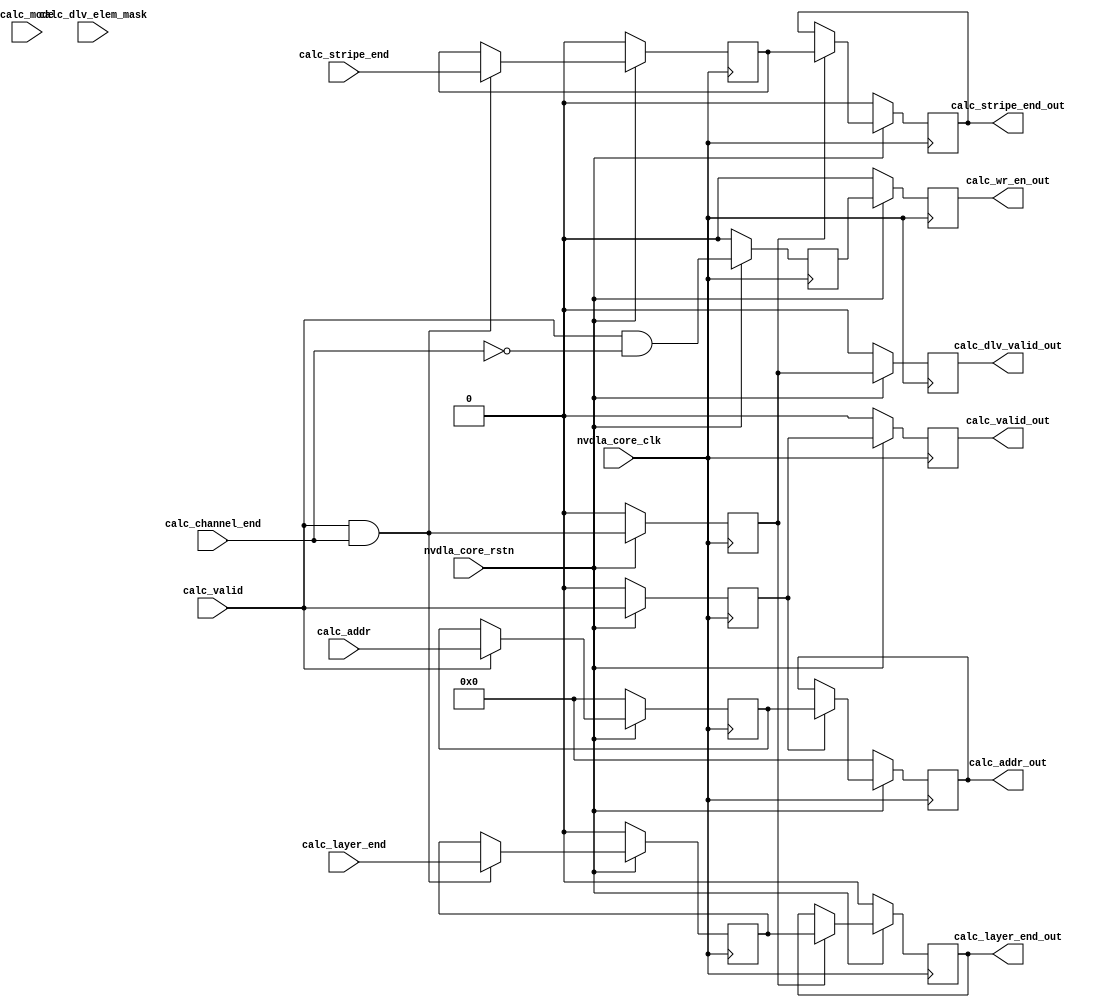
module NV_soDLA_CACC_calculator_bd_gate( // @[:@3.2]
  input        nvdla_core_clk, // @[:@6.4]
  input        nvdla_core_rstn, // @[:@6.4]
  input        calc_valid, // @[:@6.4]
  input  [5:0] calc_addr, // @[:@6.4]
  input  [2:0] calc_mode, // @[:@6.4]
  input        calc_stripe_end, // @[:@6.4]
  input        calc_channel_end, // @[:@6.4]
  input        calc_layer_end, // @[:@6.4]
  input        calc_dlv_elem_mask, // @[:@6.4]
  output       calc_valid_out, // @[:@6.4]
  output       calc_wr_en_out, // @[:@6.4]
  output [5:0] calc_addr_out, // @[:@6.4]
  output       calc_dlv_valid_out, // @[:@6.4]
  output       calc_stripe_end_out, // @[:@6.4]
  output       calc_layer_end_out // @[:@6.4]
);
  wire  _T_36; // @[NV_soDLA_CACC_calculator_bd_gate.scala 55:38:@8.4]
  wire  calc_dlv_valid; // @[NV_soDLA_CACC_calculator_bd_gate.scala 57:40:@9.4]
  wire  _T_37; // @[NV_soDLA_CACC_calculator_bd_gate.scala 58:39:@10.4]
  wire  calc_wr_en; // @[NV_soDLA_CACC_calculator_bd_gate.scala 58:36:@11.4]
  reg  _T_42; // @[NV_soDLA_CACC_calculator_bd_gate.scala 63:72:@13.4]
  reg [31:0] _RAND_0;
  reg  _T_45; // @[NV_soDLA_CACC_calculator_bd_gate.scala 63:72:@14.4]
  reg [31:0] _RAND_1;
  reg  _T_50; // @[NV_soDLA_CACC_calculator_bd_gate.scala 65:72:@16.4]
  reg [31:0] _RAND_2;
  reg  _T_53; // @[NV_soDLA_CACC_calculator_bd_gate.scala 65:72:@17.4]
  reg [31:0] _RAND_3;
  reg [5:0] _T_58; // @[NV_soDLA_CACC_calculator_bd_gate.scala 67:71:@19.4]
  reg [31:0] _RAND_4;
  reg [5:0] _T_61; // @[NV_soDLA_CACC_calculator_bd_gate.scala 67:71:@20.4]
  reg [31:0] _RAND_5;
  wire [5:0] _GEN_0; // @[NV_soDLA_CACC_calculator_bd_gate.scala 76:30:@26.4]
  wire [5:0] _GEN_1; // @[NV_soDLA_CACC_calculator_bd_gate.scala 76:30:@31.4]
  reg  _T_66; // @[NV_soDLA_CACC_calculator_bd_gate.scala 87:74:@38.4]
  reg [31:0] _RAND_6;
  reg  _T_69; // @[NV_soDLA_CACC_calculator_bd_gate.scala 87:74:@39.4]
  reg [31:0] _RAND_7;
  reg  _T_74; // @[NV_soDLA_CACC_calculator_bd_gate.scala 89:75:@41.4]
  reg [31:0] _RAND_8;
  reg  _T_77; // @[NV_soDLA_CACC_calculator_bd_gate.scala 89:75:@42.4]
  reg [31:0] _RAND_9;
  reg  _T_82; // @[NV_soDLA_CACC_calculator_bd_gate.scala 91:74:@44.4]
  reg [31:0] _RAND_10;
  reg  _T_85; // @[NV_soDLA_CACC_calculator_bd_gate.scala 91:74:@45.4]
  reg [31:0] _RAND_11;
  wire  _GEN_2; // @[NV_soDLA_CACC_calculator_bd_gate.scala 99:34:@50.4]
  wire  _GEN_3; // @[NV_soDLA_CACC_calculator_bd_gate.scala 99:34:@50.4]
  wire  _GEN_4; // @[NV_soDLA_CACC_calculator_bd_gate.scala 99:34:@55.4]
  wire  _GEN_5; // @[NV_soDLA_CACC_calculator_bd_gate.scala 99:34:@55.4]
  assign _T_36 = nvdla_core_rstn == 1'h0; // @[NV_soDLA_CACC_calculator_bd_gate.scala 55:38:@8.4]
  assign calc_dlv_valid = calc_valid & calc_channel_end; // @[NV_soDLA_CACC_calculator_bd_gate.scala 57:40:@9.4]
  assign _T_37 = ~ calc_channel_end; // @[NV_soDLA_CACC_calculator_bd_gate.scala 58:39:@10.4]
  assign calc_wr_en = calc_valid & _T_37; // @[NV_soDLA_CACC_calculator_bd_gate.scala 58:36:@11.4]
  assign _GEN_0 = calc_valid ? calc_addr : _T_58; // @[NV_soDLA_CACC_calculator_bd_gate.scala 76:30:@26.4]
  assign _GEN_1 = _T_42 ? _T_58 : _T_61; // @[NV_soDLA_CACC_calculator_bd_gate.scala 76:30:@31.4]
  assign _GEN_2 = calc_dlv_valid ? calc_stripe_end : _T_74; // @[NV_soDLA_CACC_calculator_bd_gate.scala 99:34:@50.4]
  assign _GEN_3 = calc_dlv_valid ? calc_layer_end : _T_82; // @[NV_soDLA_CACC_calculator_bd_gate.scala 99:34:@50.4]
  assign _GEN_4 = _T_66 ? _T_74 : _T_77; // @[NV_soDLA_CACC_calculator_bd_gate.scala 99:34:@55.4]
  assign _GEN_5 = _T_66 ? _T_82 : _T_85; // @[NV_soDLA_CACC_calculator_bd_gate.scala 99:34:@55.4]
  assign calc_valid_out = _T_45; // @[NV_soDLA_CACC_calculator_bd_gate.scala 81:23:@34.4]
  assign calc_wr_en_out = _T_53; // @[NV_soDLA_CACC_calculator_bd_gate.scala 82:23:@35.4]
  assign calc_addr_out = _T_61; // @[NV_soDLA_CACC_calculator_bd_gate.scala 83:22:@36.4]
  assign calc_dlv_valid_out = _T_69; // @[NV_soDLA_CACC_calculator_bd_gate.scala 105:27:@59.4]
  assign calc_stripe_end_out = _T_77; // @[NV_soDLA_CACC_calculator_bd_gate.scala 106:28:@60.4]
  assign calc_layer_end_out = _T_85; // @[NV_soDLA_CACC_calculator_bd_gate.scala 107:27:@61.4]
`ifdef RANDOMIZE_GARBAGE_ASSIGN
`define RANDOMIZE
`endif
`ifdef RANDOMIZE_INVALID_ASSIGN
`define RANDOMIZE
`endif
`ifdef RANDOMIZE_REG_INIT
`define RANDOMIZE
`endif
`ifdef RANDOMIZE_MEM_INIT
`define RANDOMIZE
`endif
`ifndef RANDOM
`define RANDOM $random
`endif
`ifdef RANDOMIZE
  integer initvar;
  initial begin
    `ifdef INIT_RANDOM
      `INIT_RANDOM
    `endif
    `ifndef VERILATOR
      #0.002 begin end
    `endif
  `ifdef RANDOMIZE_REG_INIT
  _RAND_0 = {1{`RANDOM}};
  _T_42 = _RAND_0[0:0];
  `endif // RANDOMIZE_REG_INIT
  `ifdef RANDOMIZE_REG_INIT
  _RAND_1 = {1{`RANDOM}};
  _T_45 = _RAND_1[0:0];
  `endif // RANDOMIZE_REG_INIT
  `ifdef RANDOMIZE_REG_INIT
  _RAND_2 = {1{`RANDOM}};
  _T_50 = _RAND_2[0:0];
  `endif // RANDOMIZE_REG_INIT
  `ifdef RANDOMIZE_REG_INIT
  _RAND_3 = {1{`RANDOM}};
  _T_53 = _RAND_3[0:0];
  `endif // RANDOMIZE_REG_INIT
  `ifdef RANDOMIZE_REG_INIT
  _RAND_4 = {1{`RANDOM}};
  _T_58 = _RAND_4[5:0];
  `endif // RANDOMIZE_REG_INIT
  `ifdef RANDOMIZE_REG_INIT
  _RAND_5 = {1{`RANDOM}};
  _T_61 = _RAND_5[5:0];
  `endif // RANDOMIZE_REG_INIT
  `ifdef RANDOMIZE_REG_INIT
  _RAND_6 = {1{`RANDOM}};
  _T_66 = _RAND_6[0:0];
  `endif // RANDOMIZE_REG_INIT
  `ifdef RANDOMIZE_REG_INIT
  _RAND_7 = {1{`RANDOM}};
  _T_69 = _RAND_7[0:0];
  `endif // RANDOMIZE_REG_INIT
  `ifdef RANDOMIZE_REG_INIT
  _RAND_8 = {1{`RANDOM}};
  _T_74 = _RAND_8[0:0];
  `endif // RANDOMIZE_REG_INIT
  `ifdef RANDOMIZE_REG_INIT
  _RAND_9 = {1{`RANDOM}};
  _T_77 = _RAND_9[0:0];
  `endif // RANDOMIZE_REG_INIT
  `ifdef RANDOMIZE_REG_INIT
  _RAND_10 = {1{`RANDOM}};
  _T_82 = _RAND_10[0:0];
  `endif // RANDOMIZE_REG_INIT
  `ifdef RANDOMIZE_REG_INIT
  _RAND_11 = {1{`RANDOM}};
  _T_85 = _RAND_11[0:0];
  `endif // RANDOMIZE_REG_INIT
  end
`endif // RANDOMIZE
  always @(posedge nvdla_core_clk) begin
    if (_T_36) begin
      _T_42 <= 1'h0;
    end else begin
      _T_42 <= calc_valid;
    end
    if (_T_36) begin
      _T_45 <= 1'h0;
    end else begin
      _T_45 <= _T_42;
    end
    if (_T_36) begin
      _T_50 <= 1'h0;
    end else begin
      _T_50 <= calc_wr_en;
    end
    if (_T_36) begin
      _T_53 <= 1'h0;
    end else begin
      _T_53 <= _T_50;
    end
    if (_T_36) begin
      _T_58 <= 6'h0;
    end else begin
      if (calc_valid) begin
        _T_58 <= calc_addr;
      end
    end
    if (_T_36) begin
      _T_61 <= 6'h0;
    end else begin
      if (_T_42) begin
        _T_61 <= _T_58;
      end
    end
    if (_T_36) begin
      _T_66 <= 1'h0;
    end else begin
      _T_66 <= calc_dlv_valid;
    end
    if (_T_36) begin
      _T_69 <= 1'h0;
    end else begin
      _T_69 <= _T_66;
    end
    if (_T_36) begin
      _T_74 <= 1'h0;
    end else begin
      if (calc_dlv_valid) begin
        _T_74 <= calc_stripe_end;
      end
    end
    if (_T_36) begin
      _T_77 <= 1'h0;
    end else begin
      if (_T_66) begin
        _T_77 <= _T_74;
      end
    end
    if (_T_36) begin
      _T_82 <= 1'h0;
    end else begin
      if (calc_dlv_valid) begin
        _T_82 <= calc_layer_end;
      end
    end
    if (_T_36) begin
      _T_85 <= 1'h0;
    end else begin
      if (_T_66) begin
        _T_85 <= _T_82;
      end
    end
  end
endmodule


module NV_NVDLA_CACC_calculator_bd( // @[:@3.2]
  input        nvdla_core_clk, // @[:@6.4]
  input        nvdla_core_rstn, // @[:@6.4]
  input        calc_valid, // @[:@6.4]
  input  [5:0] calc_addr, // @[:@6.4]
  input  [2:0] calc_mode, // @[:@6.4]
  input        calc_stripe_end, // @[:@6.4]
  input        calc_channel_end, // @[:@6.4]
  input        calc_layer_end, // @[:@6.4]
  input        calc_dlv_elem_mask, // @[:@6.4]
  output       calc_valid_out, // @[:@6.4]
  output       calc_wr_en_out, // @[:@6.4]
  output [5:0] calc_addr_out, // @[:@6.4]
  output       calc_dlv_valid_out, // @[:@6.4]
  output       calc_stripe_end_out, // @[:@6.4]
  output       calc_layer_end_out // @[:@6.4]
);

wire calc_dlv_valid = calc_valid & calc_channel_end;
wire calc_wr_en = calc_valid & (~calc_channel_end);

//| eperl: generated_end (DO NOT EDIT ABOVE)
wire calc_valid_d0 = calc_valid;
wire calc_wr_en_d0 = calc_wr_en;
wire [5:0] calc_addr_d0 = calc_addr;
wire calc_dlv_valid_d0 = calc_dlv_valid;
wire calc_stripe_end_d0 = calc_stripe_end;
wire calc_layer_end_d0 = calc_layer_end;
// Latency pipeline to balance with calc cells, signal for both abuffer & dbuffer
//: my $start = 0;
//: for(my $i = $start; $i < $start + 2; $i ++) {
//: my $j = $i + 1;
//: &eperl::flop(" -q  calc_valid_d${j}  -d \"calc_valid_d${i}\" -clk nvdla_core_clk -rst nvdla_core_rstn -rval 0");
//: &eperl::flop(" -q  calc_wr_en_d${j}  -d  \"calc_wr_en_d${i}\" -clk nvdla_core_clk -rst nvdla_core_rstn -rval 0");
//: &eperl::flop("-wid 6 -q  calc_addr_d${j}  -en \"calc_valid_d${i}\" -d  \"calc_addr_d${i}\" -clk nvdla_core_clk -rst nvdla_core_rstn -rval 0");
//: }
//: my $pin = $start + 2;
//: print qq(
//: wire calc_valid_out = calc_valid_d${pin};
//: wire calc_wr_en_out = calc_wr_en_d${pin};
//: wire [5:0] calc_addr_out = calc_addr_d${pin};
//: );
//:
//: for(my $i = $start; $i < $start + 2; $i ++) {
//: my $j = $i + 1;
//: &eperl::flop(" -q  calc_dlv_valid_d${j}  -d \"calc_dlv_valid_d${i}\" -clk nvdla_core_clk -rst nvdla_core_rstn -rval 0");
//: &eperl::flop(" -q  calc_stripe_end_d${j}  -en \"calc_dlv_valid_d${i}\" -d  \"calc_stripe_end_d${i}\" -clk nvdla_core_clk -rst nvdla_core_rstn -rval 0");
//: &eperl::flop(" -q  calc_layer_end_d${j}  -en \"calc_dlv_valid_d${i}\" -d  \"calc_layer_end_d${i} \" -clk nvdla_core_clk -rst nvdla_core_rstn -rval 0");
//: }
//: my $fin = $start + 2;
//: print qq(
//: wire calc_dlv_valid_out = calc_dlv_valid_d${fin};
//: wire calc_stripe_end_out = calc_stripe_end_d${fin};
//: wire calc_layer_end_out = calc_layer_end_d${fin};
//: );
//| eperl: generated_beg (DO NOT EDIT BELOW)
reg  calc_valid_d1;
always @(posedge nvdla_core_clk) begin
   if (!nvdla_core_rstn) begin
       calc_valid_d1 <= 'b0;
   end else begin
       calc_valid_d1 <= calc_valid_d0;
   end
end
reg  calc_wr_en_d1;
always @(posedge nvdla_core_clk) begin
   if (!nvdla_core_rstn) begin
       calc_wr_en_d1 <= 'b0;
   end else begin
       calc_wr_en_d1 <= calc_wr_en_d0;
   end
end
reg [5:0] calc_addr_d1;
always @(posedge nvdla_core_clk) begin
   if (!nvdla_core_rstn) begin
       calc_addr_d1 <= 'b0;
   end else begin
       if ((calc_valid_d0) == 1'b1) begin
           calc_addr_d1 <= calc_addr_d0;
       // VCS coverage off
       end else if ((calc_valid_d0) == 1'b0) begin
       end else begin
           calc_addr_d1 <= 'bx;
       // VCS coverage on
       end
   end
end
reg  calc_valid_d2;
always @(posedge nvdla_core_clk) begin
   if (!nvdla_core_rstn) begin
       calc_valid_d2 <= 'b0;
   end else begin
       calc_valid_d2 <= calc_valid_d1;
   end
end
reg  calc_wr_en_d2;
always @(posedge nvdla_core_clk) begin
   if (!nvdla_core_rstn) begin
       calc_wr_en_d2 <= 'b0;
   end else begin
       calc_wr_en_d2 <= calc_wr_en_d1;
   end
end
reg [5:0] calc_addr_d2;
always @(posedge nvdla_core_clk) begin
   if (!nvdla_core_rstn) begin
       calc_addr_d2 <= 'b0;
   end else begin
       if ((calc_valid_d1) == 1'b1) begin
           calc_addr_d2 <= calc_addr_d1;
       // VCS coverage off
       end else if ((calc_valid_d1) == 1'b0) begin
       end else begin
           calc_addr_d2 <= 'bx;
       // VCS coverage on
       end
   end
end

assign calc_valid_out = calc_valid_d2;
assign calc_wr_en_out = calc_wr_en_d2;
assign calc_addr_out = calc_addr_d2;
reg  calc_dlv_valid_d1;
always @(posedge nvdla_core_clk) begin
   if (!nvdla_core_rstn) begin
       calc_dlv_valid_d1 <= 'b0;
   end else begin
       calc_dlv_valid_d1 <= calc_dlv_valid_d0;
   end
end
reg  calc_stripe_end_d1;
always @(posedge nvdla_core_clk) begin
   if (!nvdla_core_rstn) begin
       calc_stripe_end_d1 <= 'b0;
   end else begin
       if ((calc_dlv_valid_d0) == 1'b1) begin
           calc_stripe_end_d1 <= calc_stripe_end_d0;
       // VCS coverage off
       end else if ((calc_dlv_valid_d0) == 1'b0) begin
       end else begin
           calc_stripe_end_d1 <= 'bx;
       // VCS coverage on
       end
   end
end
reg  calc_layer_end_d1;
always @(posedge nvdla_core_clk) begin
   if (!nvdla_core_rstn) begin
       calc_layer_end_d1 <= 'b0;
   end else begin
       if ((calc_dlv_valid_d0) == 1'b1) begin
           calc_layer_end_d1 <= calc_layer_end_d0 ;
       // VCS coverage off
       end else if ((calc_dlv_valid_d0) == 1'b0) begin
       end else begin
           calc_layer_end_d1 <= 'bx;
       // VCS coverage on
       end
   end
end
reg  calc_dlv_valid_d2;
always @(posedge nvdla_core_clk) begin
   if (!nvdla_core_rstn) begin
       calc_dlv_valid_d2 <= 'b0;
   end else begin
       calc_dlv_valid_d2 <= calc_dlv_valid_d1;
   end
end
reg  calc_stripe_end_d2;
always @(posedge nvdla_core_clk) begin
   if (!nvdla_core_rstn) begin
       calc_stripe_end_d2 <= 'b0;
   end else begin
       if ((calc_dlv_valid_d1) == 1'b1) begin
           calc_stripe_end_d2 <= calc_stripe_end_d1;
       // VCS coverage off
       end else if ((calc_dlv_valid_d1) == 1'b0) begin
       end else begin
           calc_stripe_end_d2 <= 'bx;
       // VCS coverage on
       end
   end
end
reg  calc_layer_end_d2;
always @(posedge nvdla_core_clk) begin
   if (!nvdla_core_rstn) begin
       calc_layer_end_d2 <= 'b0;
   end else begin
       if ((calc_dlv_valid_d1) == 1'b1) begin
           calc_layer_end_d2 <= calc_layer_end_d1 ;
       // VCS coverage off
       end else if ((calc_dlv_valid_d1) == 1'b0) begin
       end else begin
           calc_layer_end_d2 <= 'bx;
       // VCS coverage on
       end
   end
end

assign calc_dlv_valid_out = calc_dlv_valid_d2;
assign calc_stripe_end_out = calc_stripe_end_d2;
assign calc_layer_end_out = calc_layer_end_d2;

endmodule